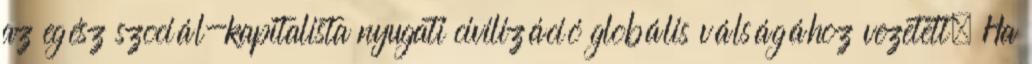
az egész szociál-kapitalista nyugati civilizáció globális válságához vezetett. Ha